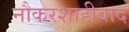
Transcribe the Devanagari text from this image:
नौकरशाहीवाद